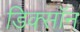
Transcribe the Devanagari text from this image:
डिक्साॅन